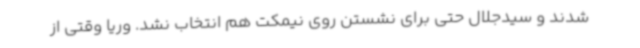
شدند و سیدجلال حتی برای نشستن روی نیمکت هم انتخاب نشد. وریا وقتی از